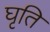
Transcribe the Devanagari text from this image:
घृति